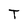
Character: T